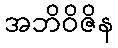
အဘိဝိဇိန